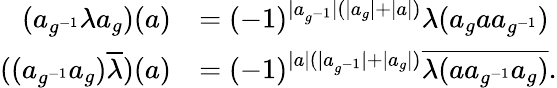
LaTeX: \begin{array}{rl}{(a_{g^{-1}}\lambda a_{g})(a)}&{=(-1)^{|a_{g^{-1}}|(|a_{g}|+|a|)}\lambda(a_{g}aa_{g^{-1}})}\\ {((a_{g^{-1}}a_{g})\overline{{\lambda}})(a)}&{=(-1)^{|a|(|a_{g^{-1}}|+|a_{g}|)}\overline{{\lambda(aa_{g^{-1}}a_{g})}}.}\end{array}